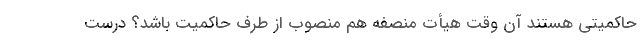
حاکمیتی هستند آن وقت هیأت منصفه هم منصوب از طرف حاکمیت باشد؟ درست